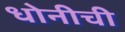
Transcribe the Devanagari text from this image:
धोनीची